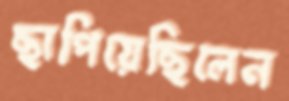
ছাপিয়েছিলেন